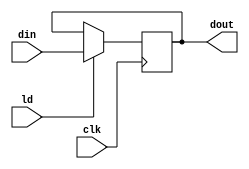
`timescale 1ns / 1ps
module PIPO1 (dout, din, ld, clk);
input [15:0] din;
input ld, clk;
output reg [15:0] dout;
always @(posedge clk)
if (ld) dout <= din;
endmodule